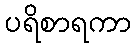
ပရိစာရကာ